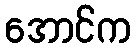
အောင်က